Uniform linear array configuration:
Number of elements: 4
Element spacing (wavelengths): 0.75
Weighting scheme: binomial
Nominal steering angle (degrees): -15
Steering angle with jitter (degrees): -15.75
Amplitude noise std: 0.05
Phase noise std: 0.05

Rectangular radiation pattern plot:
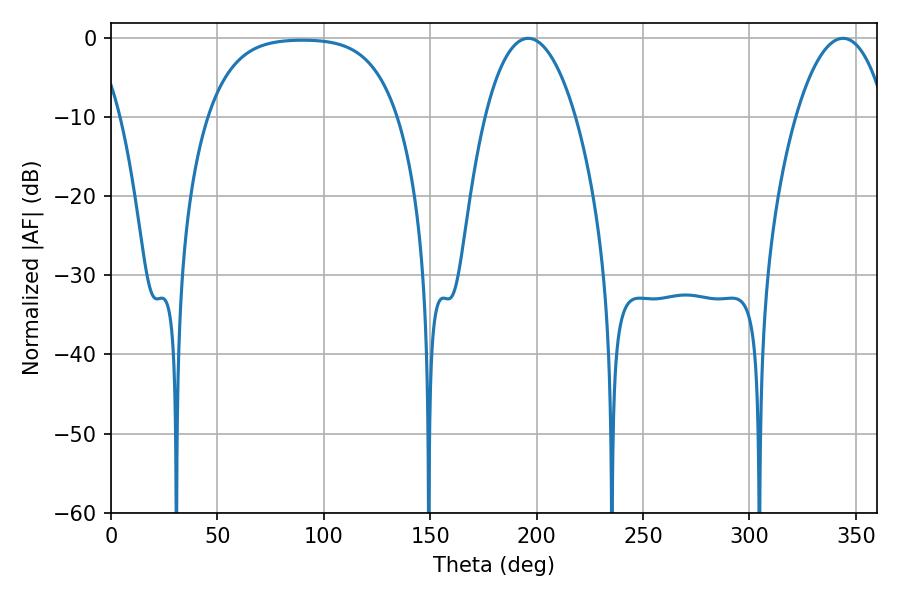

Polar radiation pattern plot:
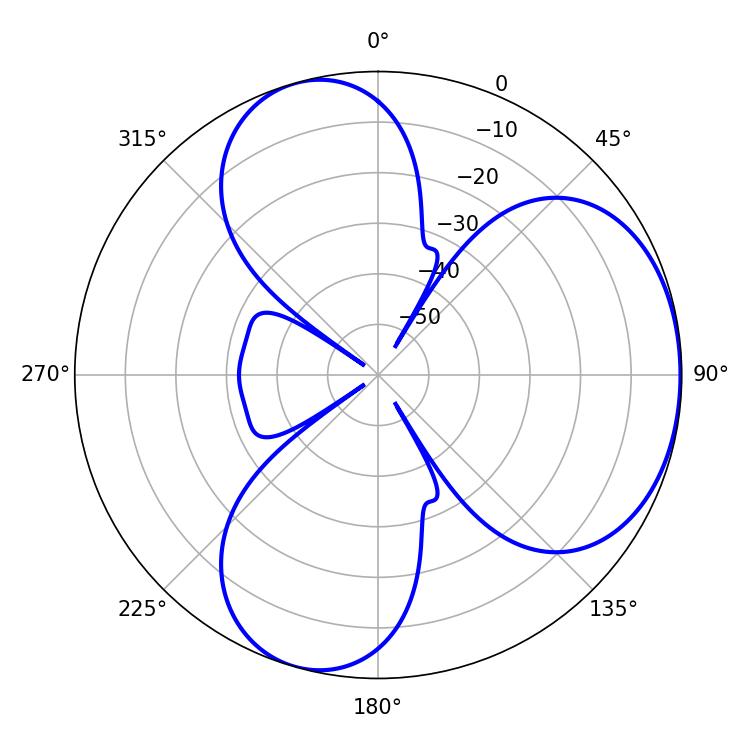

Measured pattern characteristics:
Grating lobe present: TRUE
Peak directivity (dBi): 4.491
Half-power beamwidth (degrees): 23.76
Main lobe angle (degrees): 196.02